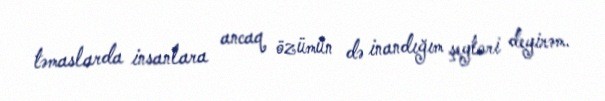
təmaslarda insanlara ancaq özümün də inandığım şeyləri deyirəm.